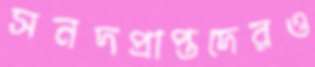
সনদপ্রাপ্তদেরও